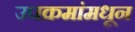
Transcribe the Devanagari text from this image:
उपक्रमांमधून